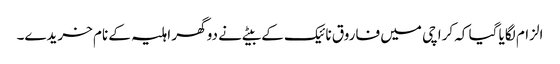
الزام لگایا گیا کہ کراچی میں فاروق نائیک کے بیٹے نے دو گھر اہلیہ کے نام خریدے۔